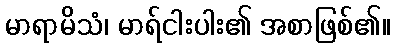
မာရာမိသံ၊ မာရ်ငါးပါး၏ အစာဖြစ်၏။